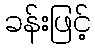
ခန်းဖြင့်